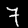
Label: 7